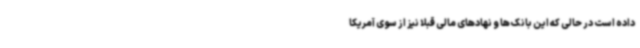
داده است در حالی که این بانک ها و نهادهای مالی قبلا نیز از سوی آمریکا